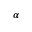
\alpha